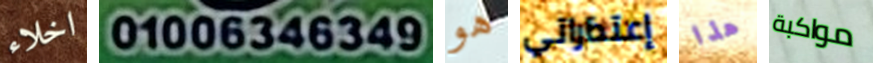
اخلاء 01006346349 هو إعتذاراتي هذا مواكبة